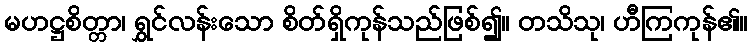
မဟဋ္ဌစိတ္တာ၊ ရွှင်လန်းသော စိတ်ရှိကုန်သည်ဖြစ်၍။ တသိသု၊ ဟီကြကုန်၏။